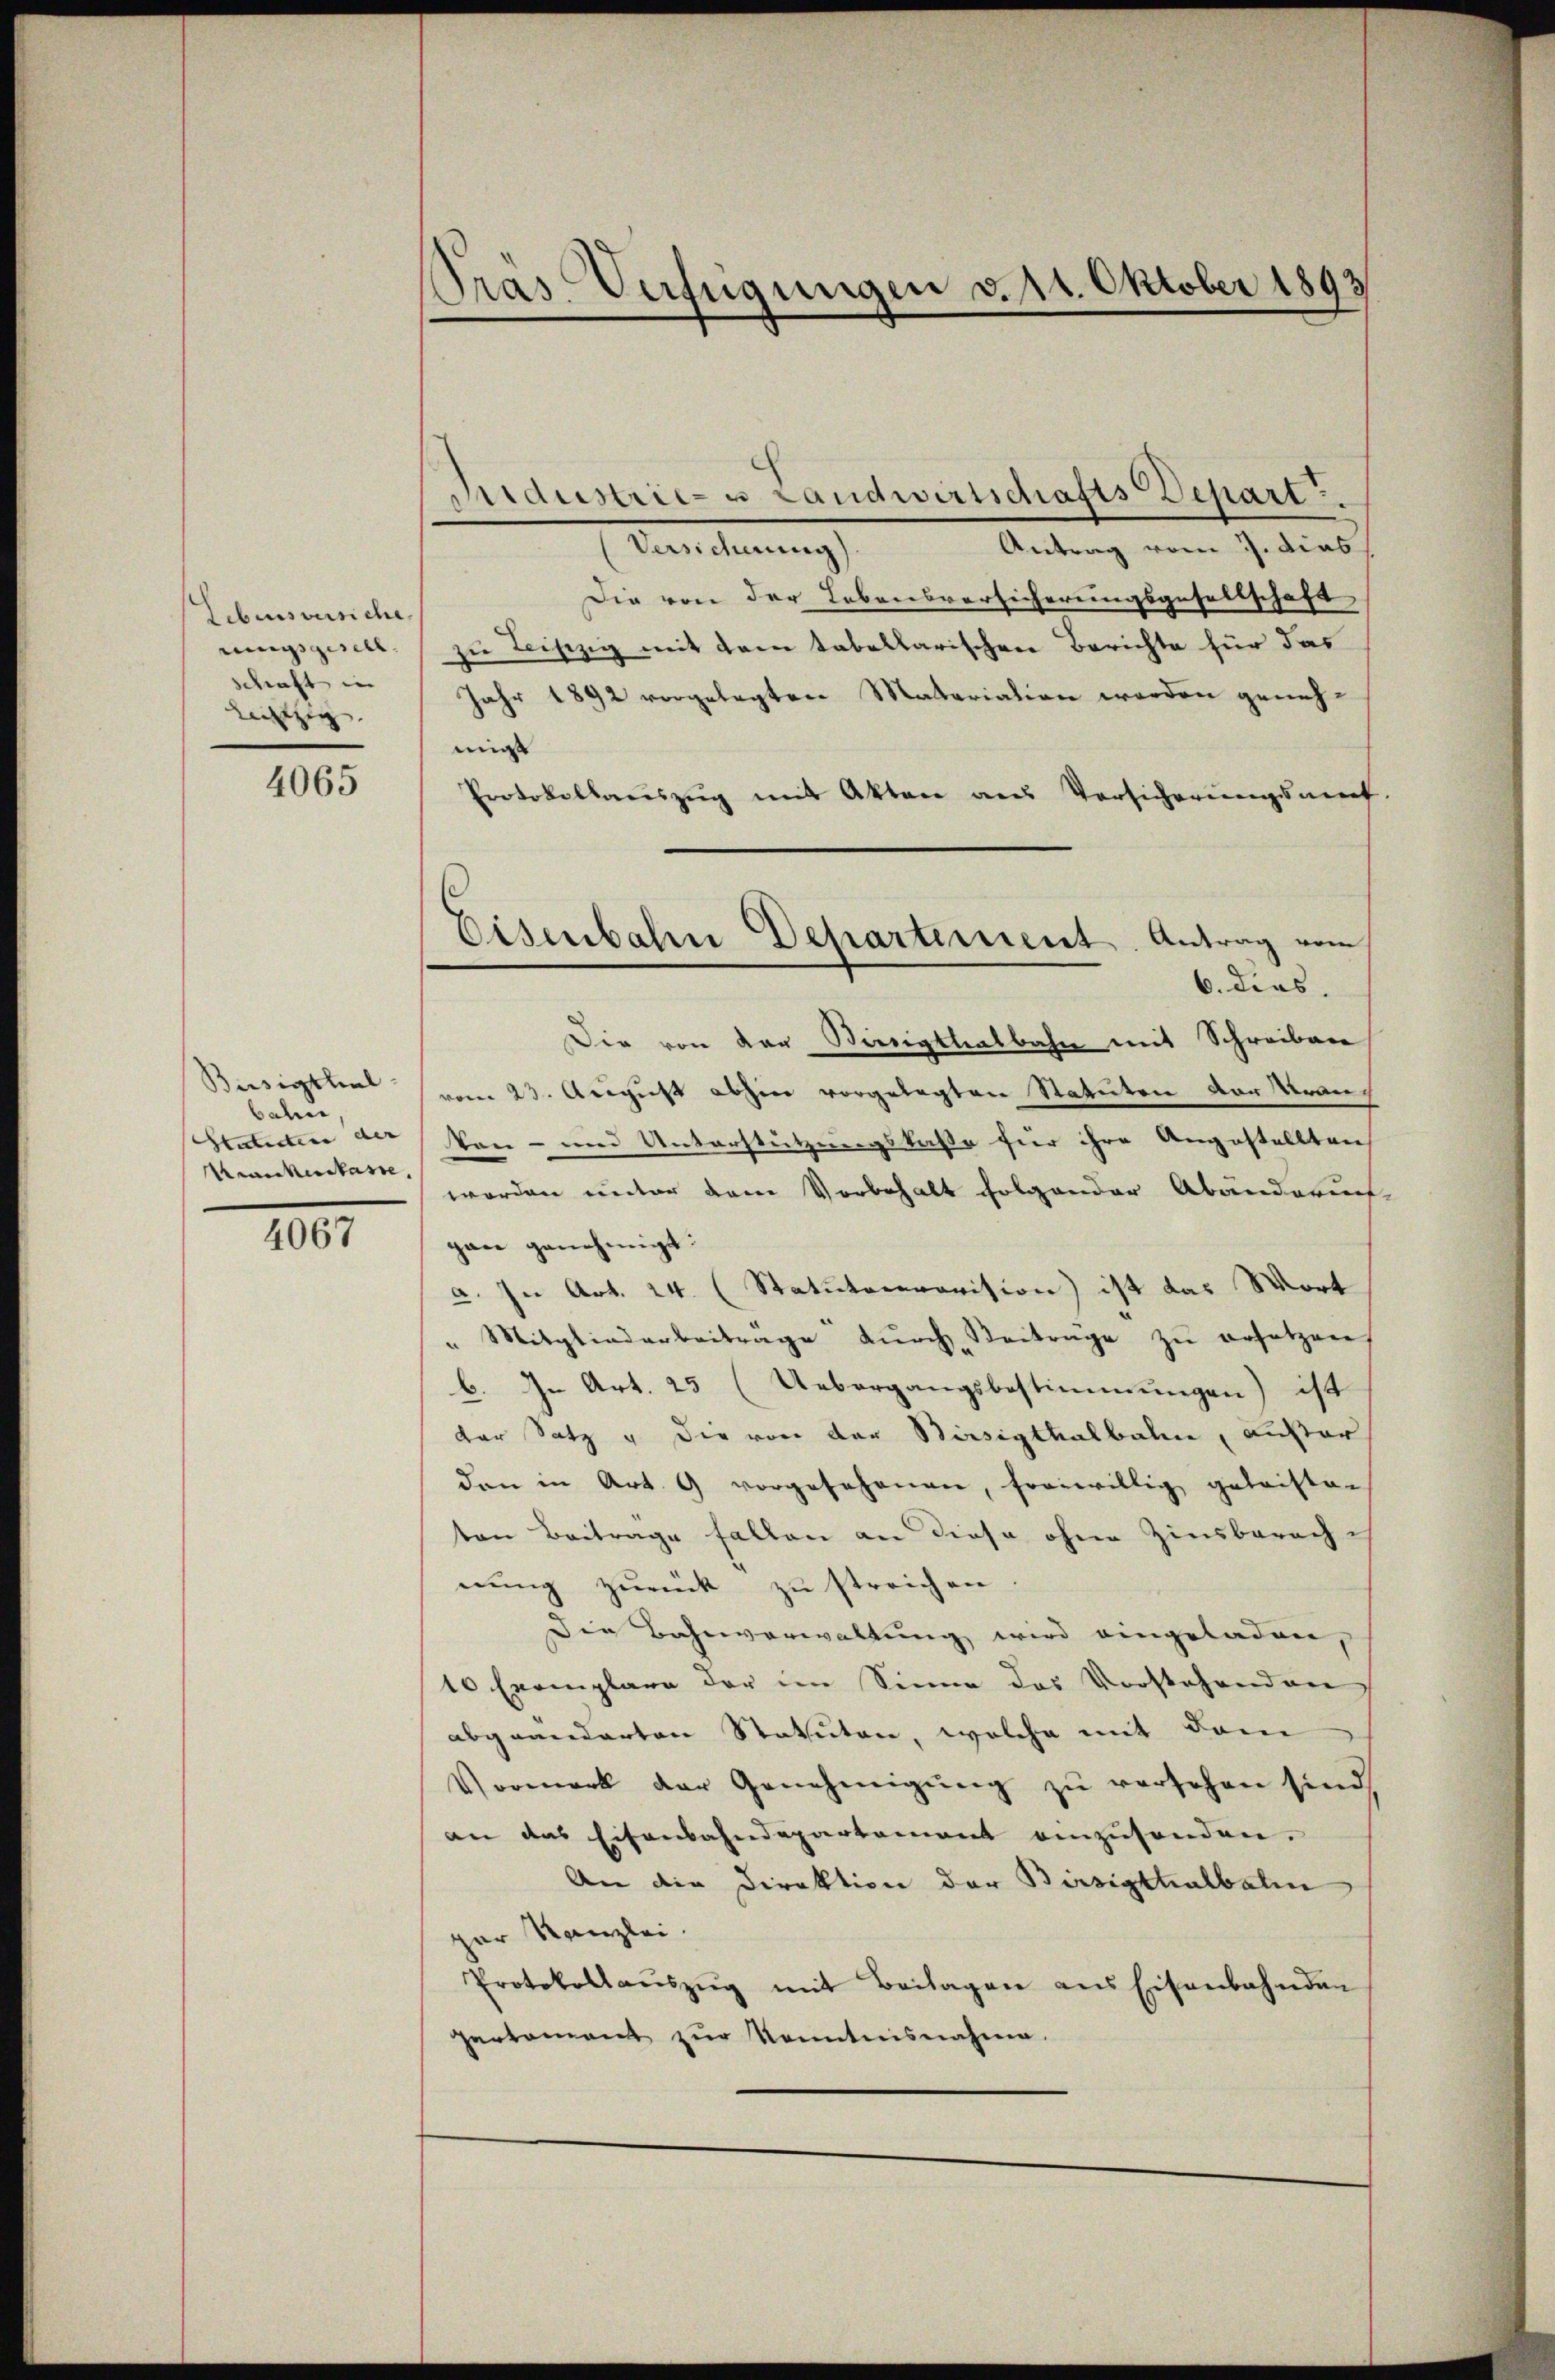
Lebensversiche
rungsgesell
Schraft in
leiszig |

4065

Büsigthiel
bahn
Seiteten der |
Krankenkasse

4067

Pras Verfügungen v. 14. Oktober 1893

Antrag vom 3. dies
Beichnung
Die von der Lebensversicherungsgesellschaft
zu Leiszig mit dem tabellarischen Berichte für das
Jahr 1892 vorgelegten Materialien werden genehmigt
Protokollaŭszŭg mit Akten aus Versicherungsauf
Die von der Beneigtlealbahn mit Schreiben
vom 23. August abhin vorgelegten Statuten vor Kran¬
Von- und Unterstützungskasse für ihre Angestellten
worden unter dem Vorbehalt folgender Abanderung
gan genehmigt.
a. In Art. 24. (Statutecravision) ist das Wort
" Mitgliederbeitrage dŭrch Beitrage zŭ ersetzen
b. In Art. 25 (Uebergangsbestimmungen) ist
der Satz u die von der Sissigthalbalm, außer
den in Art. 9 vorgesehenen, freiwillig geleiste-
ten Beitrage fallen an diese ohne Zinsberach-
nung zurück zu streichen
die Bahnverwaltung wird eingeladen,
10 Exemplare der im Sinne des Vorstehenden
abgeänderten Statuten, welche mit dem
Vormerk der Genehmigung zu versehen sind,
an das Eisenbahndepartement einzusenden.
An die Direktion der Birsigstelbalen
er Kanzlei.
Protokollaŭszŭg mit Beilagen ans Eisenbahnden
partament zŭr Kenntnisnahme.

Aidustrie- u Landwirtschafts Depart

3
Eisenbahn Departement. Antrag vom
6. dies.